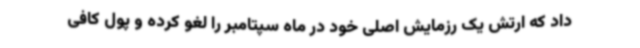
داد که ارتش یک رزمایش اصلی خود در ماه سپتامبر را لغو کرده و پول کافی